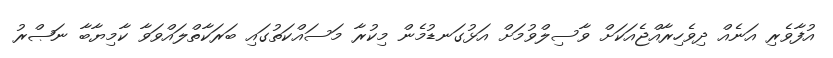
އުފާވެރި އަނެއް ދިވެހިރާއްޖެއަކަށް ވާސިލްވުމަށް އަޅުގަނޑުމެން މިކުރާ މަސައްކަތުގައި ބަރަކާތްލައްވަވާ ކާމިޔާބާ ނަޞްރު